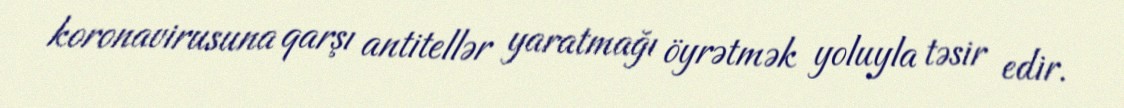
koronavirusuna qarşı antitellər yaratmağı öyrətmək yoluyla təsir edir.